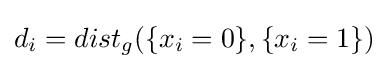
d_{i}=dist_{g}(\{x_{i}=0\},\{x_{i}=1\})